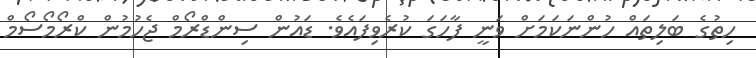
ހިތުގެ ބަލިތައް ހުންނަކަމަށް ވަނީ ފާހަގަ ކުރެވިފައެވެ. ޑައުން ސިންޑްރޯމް ޖެހުމުން ކްރޯމޯސޯމް